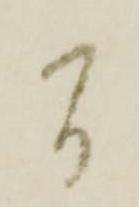
間